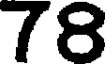
78